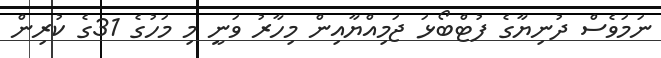
ނަމަވެސް ދުނިޔާގެ ފުޓްބޯޅަ ޖަމިއްޔާއިން މިހާރު ވަނީ މި މަހުގެ 31ގެ ކުރިން